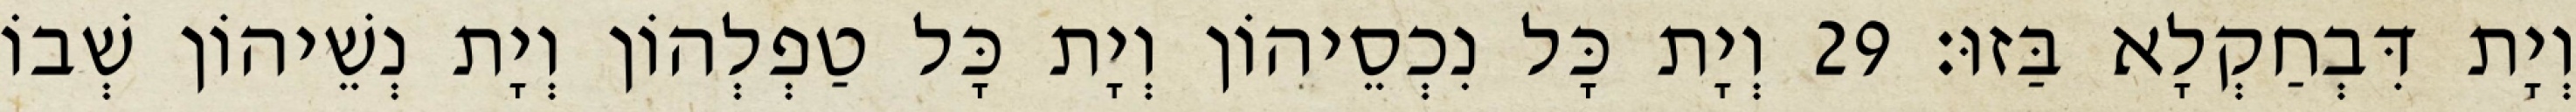
וְיָת דִּבְחַקְלָא בַּזוּ׃ 29 וְיָת כָּל נִכְסֵיהוֹן וְיָת כָּל טַפְלְהוֹן וְיָת נְשֵׁיהוֹן שְׁבוֹ